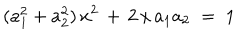
( a _ { 1 } ^ { 2 } + a _ { 2 } ^ { 2 } ) \, x ^ { 2 } \, + \, 2 \, x \, a _ { 1 } a _ { 2 } \; = \; 1